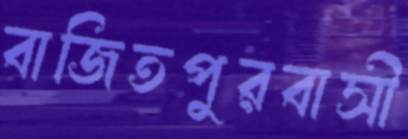
বাজিতপুরবাসী